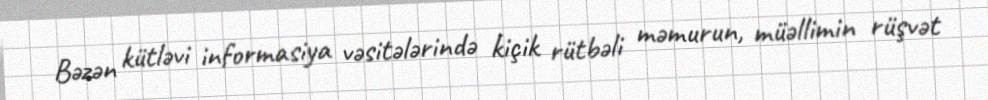
Bəzən kütləvi informasiya vəsitələrində kiçik rütbəli məmurun, müəllimin rüşvət